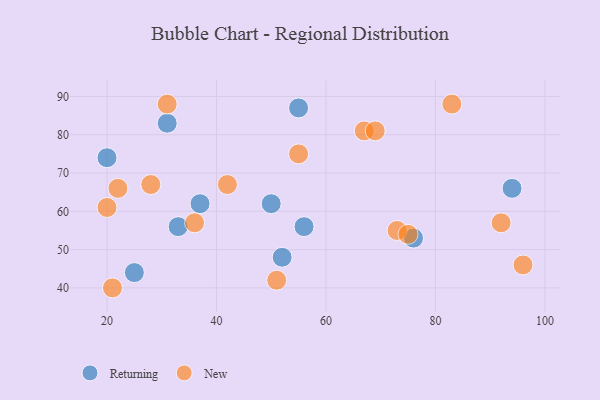
{"axis": {"x": "GDP", "y": "Life Expectancy"}, "legend": ["New", "Returning"], "data": [{"x": "55", "y": 87, "type": "Returning"}, {"x": "56", "y": 56, "type": "Returning"}, {"x": "33", "y": 56, "type": "Returning"}, {"x": "76", "y": 53, "type": "Returning"}, {"x": "20", "y": 74, "type": "Returning"}, {"x": "52", "y": 48, "type": "Returning"}, {"x": "31", "y": 83, "type": "Returning"}, {"x": "25", "y": 44, "type": "Returning"}, {"x": "37", "y": 62, "type": "Returning"}, {"x": "94", "y": 66, "type": "Returning"}, {"x": "50", "y": 62, "type": "Returning"}, {"x": "92", "y": 57, "type": "New"}, {"x": "96", "y": 46, "type": "New"}, {"x": "31", "y": 88, "type": "New"}, {"x": "21", "y": 40, "type": "New"}, {"x": "73", "y": 55, "type": "New"}, {"x": "83", "y": 88, "type": "New"}, {"x": "75", "y": 54, "type": "New"}, {"x": "51", "y": 42, "type": "New"}, {"x": "36", "y": 57, "type": "New"}, {"x": "22", "y": 66, "type": "New"}, {"x": "55", "y": 75, "type": "New"}, {"x": "42", "y": 67, "type": "New"}, {"x": "20", "y": 61, "type": "New"}, {"x": "28", "y": 67, "type": "New"}, {"x": "67", "y": 81, "type": "New"}, {"x": "69", "y": 81, "type": "New"}]}